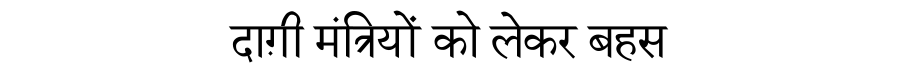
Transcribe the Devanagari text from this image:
दाग़ी मंत्रियों को लेकर बहस